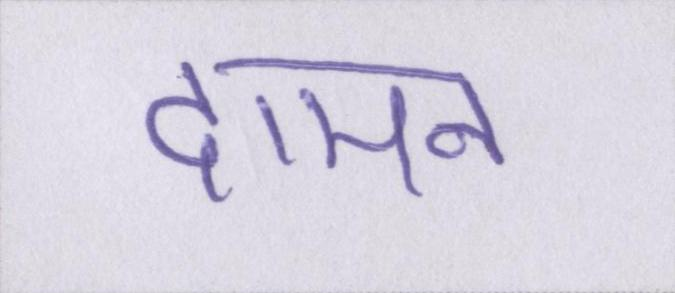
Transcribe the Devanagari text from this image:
दामन